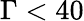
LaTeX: \Gamma<40